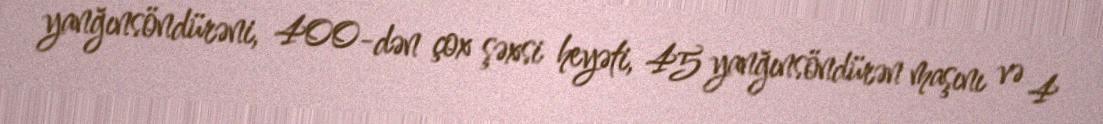
yanğınsöndürəni, 400-dən çox şəxsi heyəti, 45 yanğınsöndürən maşını və 4